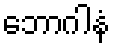
ဘောဂါနံ